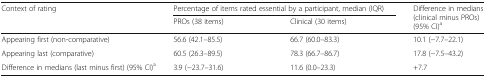
<table><thead><tr><td rowspan="2"><b>Context of rating</b></td><td colspan="2"><b>Percentage of items rated essential by a participant, median (IQR)</b></td><td rowspan="2"><b>Difference in medians (clinical minus PROs) (95% CI)<sup>a</sup></b></td></tr><tr><td><b>PROs (38 items)</b></td><td><b>Clinical (30 items)</b></td></tr></thead><tbody><tr><td>Appearing first (non-comparative)</td><td>56.6 (42.1–85.5)</td><td>66.7 (60.0–83.3)</td><td>10.1 (−7.7–22.1)</td></tr><tr><td>Appearing last (comparative)</td><td>60.5 (26.3–89.5)</td><td>78.3 (66.7–86.7)</td><td>17.8 (−7.5–43.2)</td></tr><tr><td>Difference in medians (last minus first) (95% CI)<sup>a</sup></td><td>3.9 (−23.7–31.6)</td><td>11.6 (0.0–23.3)</td><td>+7.7</td></tr></tbody></table>